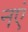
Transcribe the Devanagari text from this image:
नएं